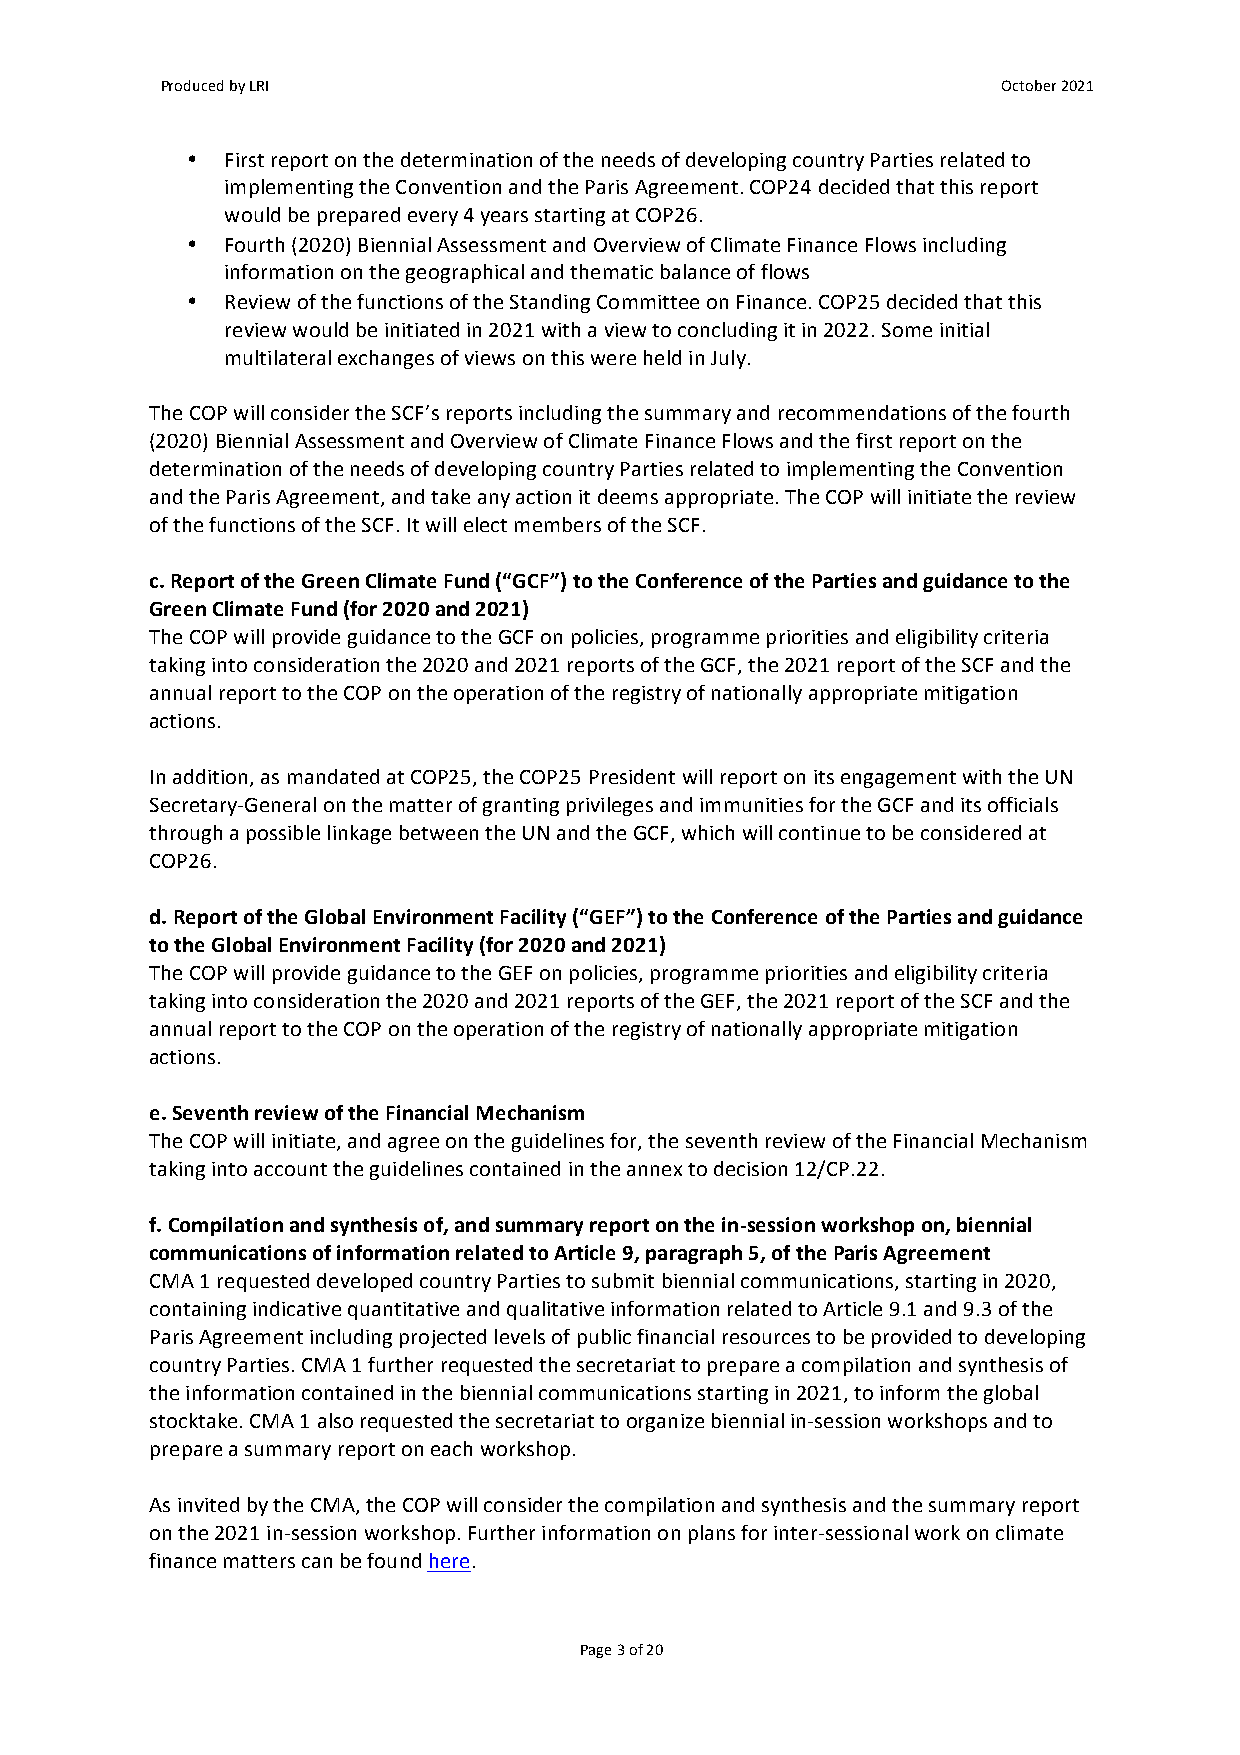
Produced by LRI                                        October 2021
 •  First report on the determination of the needs of developing country Parties related to
 implementing the Convention and the Paris Agreement. COP24 decided that this report
 would be prepared every 4 years starting at COP26.
 •  Fourth (2020) Biennial Assessment and Overview of Climate Finance Flows including
 information on the geographical and thematic balance of flows
 •  Review of the functions of the Standing Committee on Finance. COP25 decided that this
 review would be initiated in 2021 with a view to concluding it in 2022. Some initial
 multilateral exchanges of views on this were held in July.
 The COP will consider the SCF’s reports including the summary and recommendations of the fourth
 (2020) Biennial Assessment and Overview of Climate Finance Flows and the first report on the
 determination of the needs of developing country Parties related to implementing the Convention
 and the Paris Agreement, and take any action it deems appropriate. The COP will initiate the review
 of the functions of the SCF. It will elect members of the SCF.
 c. Report of the Green Climate Fund (“GCF”) to the Conference of the Parties and guidance to the
 Green Climate Fund (for 2020 and 2021)
 The COP will provide guidance to the GCF on policies, programme priorities and eligibility criteria
 taking into consideration the 2020 and 2021 reports of the GCF, the 2021 report of the SCF and the
 annual report to the COP on the operation of the registry of nationally appropriate mitigation
 actions.
 In addition, as mandated at COP25, the COP25 President will report on its engagement with the UN
 Secretary-General on the matter of granting privileges and immunities for the GCF and its officials
 through a possible linkage between the UN and the GCF, which will continue to be considered at
 COP26.
 d. Report of the Global Environment Facility (“GEF”) to the Conference of the Parties and guidance
 to the Global Environment Facility (for 2020 and 2021)
 The COP will provide guidance to the GEF on policies, programme priorities and eligibility criteria
 taking into consideration the 2020 and 2021 reports of the GEF, the 2021 report of the SCF and the
 annual report to the COP on the operation of the registry of nationally appropriate mitigation
 actions.
 e. Seventh review of the Financial Mechanism
 The COP will initiate, and agree on the guidelines for, the seventh review of the Financial Mechanism
 taking into account the guidelines contained in the annex to decision 12/CP.22.
 f. Compilation and synthesis of, and summary report on the in-session workshop on, biennial
 communications of information related to Article 9, paragraph 5, of the Paris Agreement
 CMA 1 requested developed country Parties to submit biennial communications, starting in 2020,
 containing indicative quantitative and qualitative information related to Article 9.1 and 9.3 of the
 Paris Agreement including projected levels of public financial resources to be provided to developing
 country Parties. CMA 1 further requested the secretariat to prepare a compilation and synthesis of
 the information contained in the biennial communications starting in 2021, to inform the global
 stocktake. CMA 1 also requested the secretariat to organize biennial in-session workshops and to
 prepare a summary report on each workshop.
 As invited by the CMA, the COP will consider the compilation and synthesis and the summary report
 on the 2021 in-session workshop. Further information on plans for inter-sessional work on climate
 finance matters can be found here.
 Page 3 of 20